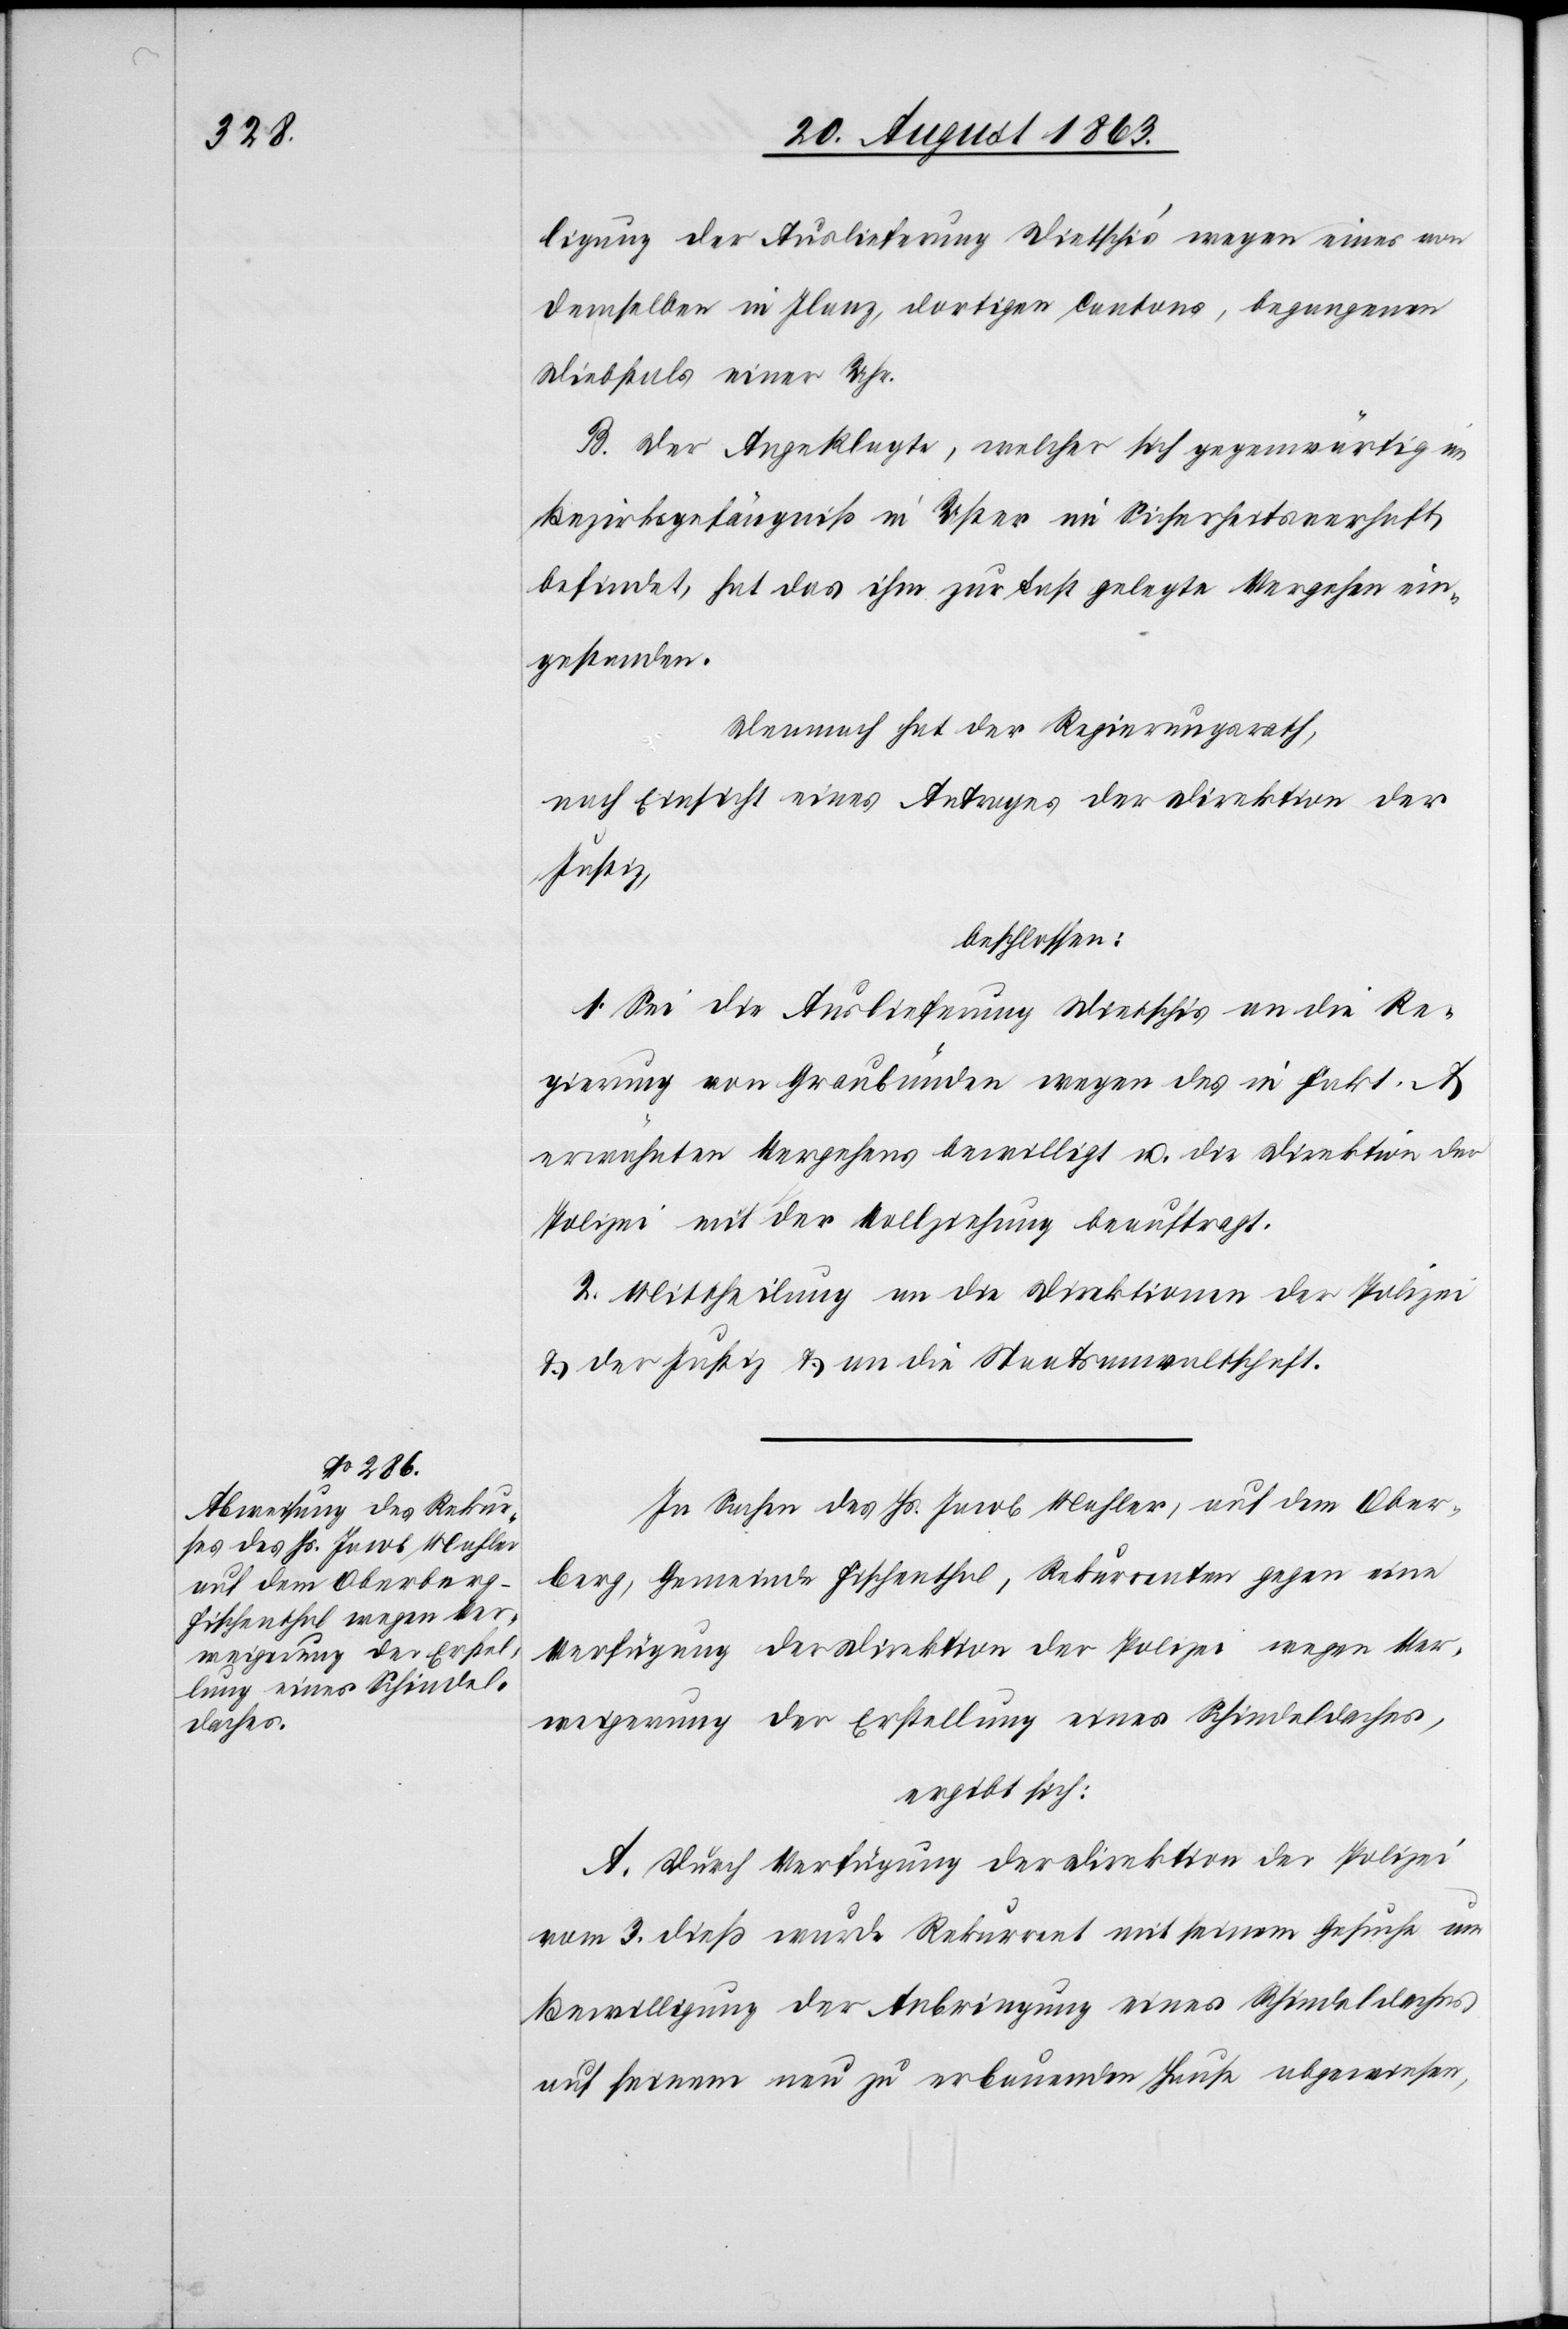
ligung der Auslieferung Dietschi's wegen eines von
demselben in Ilanz, dortigen Cantons, begangenen
Diebstals einer Uhr.
B. Der Angeklagte, welcher sich gegenwärtig im
Bezirksgefängniß in Uster im Sicherheitsverhaft
befindet, hat das ihm zur Last gelegte Vergehen ein¬
gestanden.
Demnach hat der Regierungsrath,
nach Einsicht eines Antrages der Direktion der
Justiz,
beschlossen:
1. Sei die Auslieferung Dietschis an die Re¬
gierung von Graubünden wegen des in Fakt.
erwähnten Vergehens bewilligt u. die Direktion der
Polizei mit der Vollziehung beauftragt.
2. Mittheilung an die Direktionen der Polizei
& der Justiz & an die Staatsanwaltschaft.
In Sachen des Hs. Jacob Mahler, auf dem Ober¬
berg, Gemeinde Fischenthal, Rekurrenten gegen eine
Verfügung der Direktion der Polizei wegen Ver¬
weigerung der Erstellung eines Schindeldaches,
ergibt sich:
A. Durch Verfügung der Direktion der Polizei
vom 3. dieß wurde Rekurrent mit seinem Gesuche um
Bewilligung der Anbringung eines Schindeldaches
auf seinem neu zu erbauenden Hause abgewiesen,